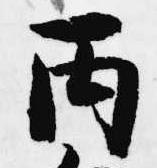
丙